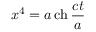
x ^ { 4 } = a \operatorname { c h } { \frac { c t } { a } }